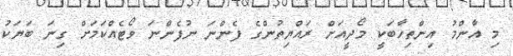
މި އާންމު އިންތިހާބަކީ މޯދީއަށް ރައްޔިތުންގެ ފެންނަ ނުފެންނަ ވޯޓެއްކަމަށް ގިނަ ބަޔަކު